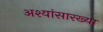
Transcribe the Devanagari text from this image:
अश्यांसारख्या